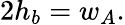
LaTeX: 2h_{b}=w_{A}.